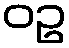
ဝဥ